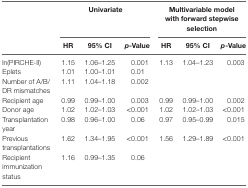
<table><thead><tr><td rowspan="2"></td><td colspan="3"><b>Univariate</b></td><td colspan="3"><b>Multivariable model with forward stepwise selection</b></td></tr><tr><td><b>HR</b></td><td><b>95% CI</b></td><td><b><i>p</i>-Value</b></td><td><b>HR</b></td><td><b>95% CI</b></td><td><b><i>p</i>-Value</b></td></tr></thead><tbody><tr><td>ln(PIRCHE-II)</td><td>1.15</td><td>1.06–1.25</td><td>0.001</td><td>1.13</td><td>1.04–1.23</td><td>0.003</td></tr><tr><td>Eplets</td><td>1.01</td><td>1.00–1.01</td><td>0.01</td><td></td><td></td><td></td></tr><tr><td>Number of A/B/DR mismatches</td><td>1.11</td><td>1.04–1.18</td><td>0.002</td><td></td><td></td><td></td></tr><tr><td>Recipient age</td><td>0.99</td><td>0.99–1.00</td><td>0.003</td><td>0.99</td><td>0.99–1.00</td><td>0.002</td></tr><tr><td>Donor age</td><td>1.02</td><td>1.02–1.03</td><td>&lt;0.001</td><td>1.02</td><td>1.02–1.03</td><td>&lt;0.001</td></tr><tr><td>Transplantation year</td><td>0.98</td><td>0.96–1.00</td><td>0.06</td><td>0.97</td><td>0.95–0.99</td><td>0.015</td></tr><tr><td>Previous transplantations</td><td>1.62</td><td>1.34–1.95</td><td>&lt;0.001</td><td>1.56</td><td>1.29–1.89</td><td>&lt;0.001</td></tr><tr><td>Recipient immunization status</td><td>1.16</td><td>0.99–1.35</td><td>0.06</td><td></td><td></td><td></td></tr></tbody></table>